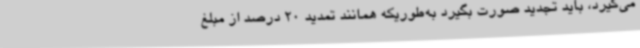
می‌گیرد، باید تجدید صورت بگیرد به‌طوریکه همانند تمدید 20 درصد از مبلغ